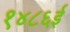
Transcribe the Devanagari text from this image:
१४८६ई